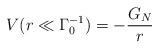
LaTeX: \begin{align*}V(r\ll \Gamma _{0}^{-1})=-\frac{G_{N}}{r}\end{align*}